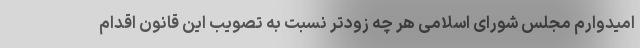
امیدوارم مجلس شورای اسلامی هر چه زودتر نسبت به تصویب این قانون اقدام